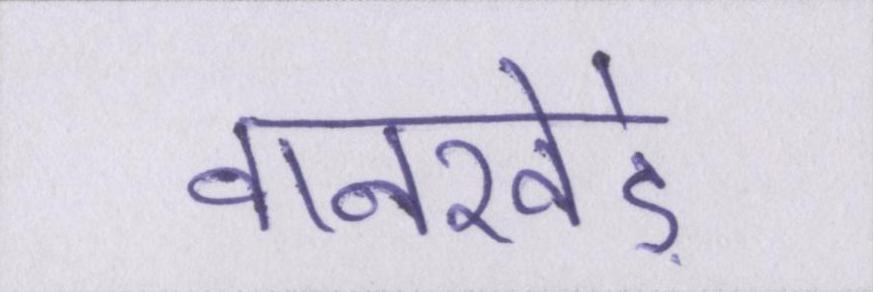
वानखेड़े